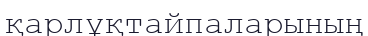
қарлұқтайпаларының